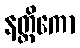
နတ္ထိကော